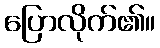
ပြောလိုက်၏။